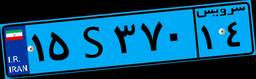
۱۵S۳۷۰۱۴